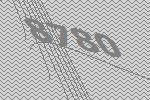
8780